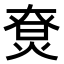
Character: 𤊽